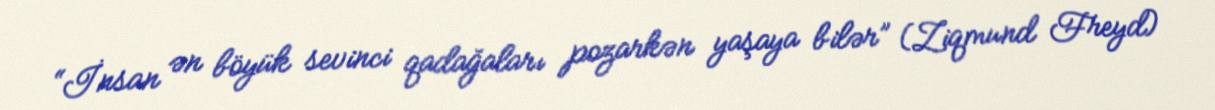
“İnsan ən böyük sevinci qadağaları pozarkən yaşaya bilər” (Ziqmund Freyd)